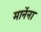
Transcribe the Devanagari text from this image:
मानेंना